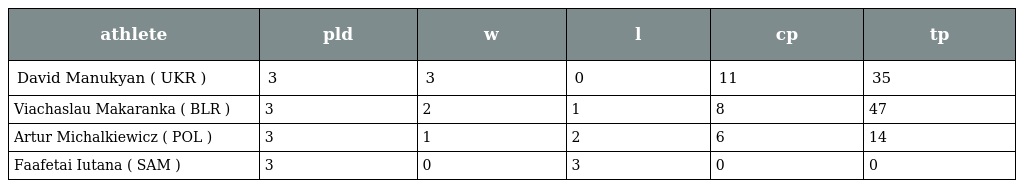
| athlete | pld | w | l | cp | tp |
 | --- | --- | --- | --- | --- | --- |
 | David Manukyan ( UKR ) | 3 | 3 | 0 | 11 | 35 |
 | Viachaslau Makaranka ( BLR ) | 3 | 2 | 1 | 8 | 47 |
 | Artur Michalkiewicz ( POL ) | 3 | 1 | 2 | 6 | 14 |
 | Faafetai Iutana ( SAM ) | 3 | 0 | 3 | 0 | 0 |